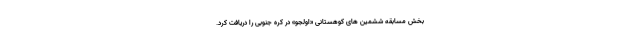
بخش مسابقه ششمین های کوهستانی «اولجو» در کره جنوبی را دریافت کرد.